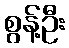
စွန့်ဦး